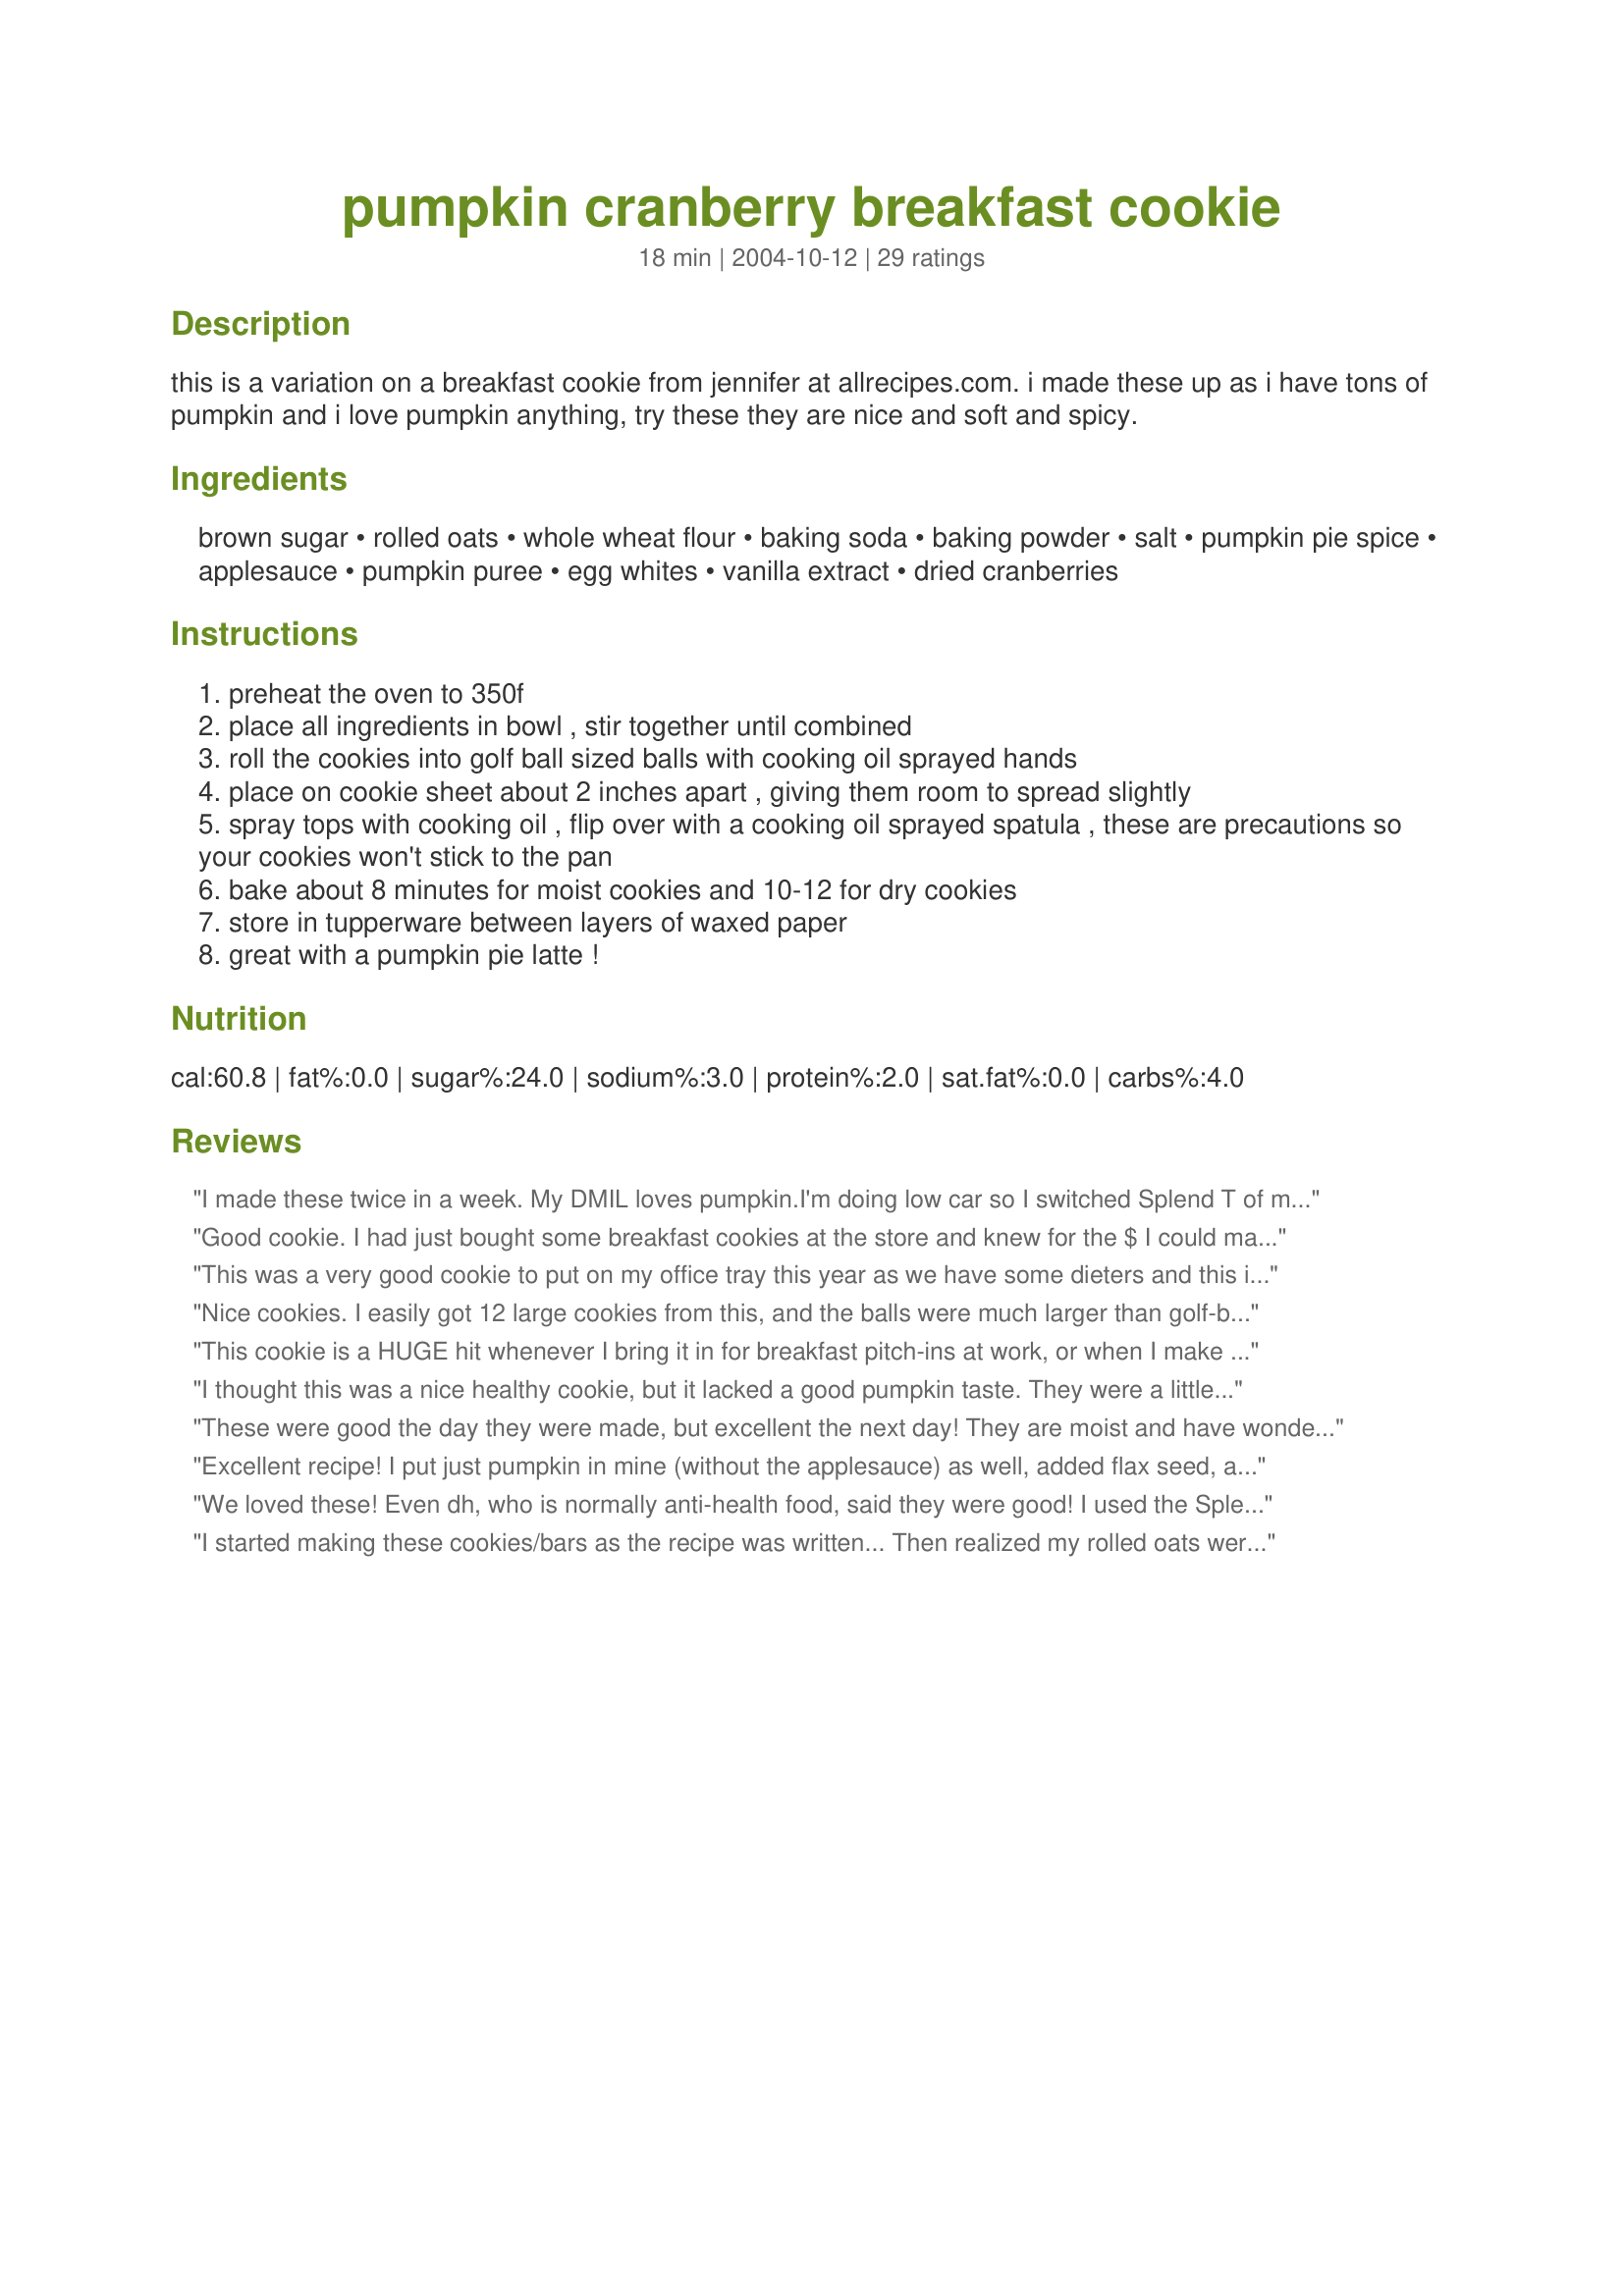
pumpkin cranberry breakfast cookie
Preparation time: 18 minutes

this is a variation on a breakfast cookie from jennifer at allrecipes.com. i made these up as i have tons of pumpkin and i love pumpkin anything, try these they are nice and soft and spicy.

Ingredients:
brown sugar, rolled oats, whole wheat flour, baking soda, baking powder, salt, pumpkin pie spice, applesauce, pumpkin puree, egg whites, vanilla extract, dried cranberries

Steps:
preheat the oven to 350f
place all ingredients in bowl , stir together until combined
roll the cookies into golf ball sized balls with cooking oil sprayed hands
place on cookie sheet about 2 inches apart , giving them room to spread slightly
spray tops with cooking oil , flip over with a cooking oil sprayed spatula , these are precautions so your cookies won't stick to the pan
bake about 8 minutes for moist cookies and 10-12 for dry cookies
store in tupperware between layers of waxed paper
great with a pumpkin pie latte !

Reviews:
I made these twice in a week. My DMIL loves pumpkin.I'm doing low car so I switched Splend T of molasses for the brown sugar. I soaked the dried cranberries in hot water. The freeze well. I enjoy 1 every morning for breakfast and DMIL eats 2 or 3 a day. She has no idea they are healthy. They are moist and delicious. I use only "pastry" whole wheat flour, so much better then the whole wheat flour in the grocery stores.
Good cookie. I had just bought some breakfast cookies at the store and knew for the $ I could make something better. I used 1 c pumpkin, no applesauce, and had to add about 1/4 c milk or it wouldn't all mix together. Thanks!
This was a very good cookie to put on my office tray this year as we have some dieters and this is very low fat. The only problem I had was that I followed the recipe exactly, only making one substitution of raisins for the cranberries, and I got way more than 10 cookies. It was more like 3 dozen. I was just testing the recipe to make sure I was going to like it before making a second batch to go on the cookie tray, good thing I loved it since it made so much more than I bargained for. BTW, I brought my tray in to work this morning and that was the 1st cookie to disappear from the tray! Good Job Shannon Payne!
Edit: Made this again today and ended up using some carrot and orange pulp that I had saved from using my power juicer, instead of the applesauce and pumpkin puree. I had to add some extra water to get it to mix but it was delicious this way too.
Nice cookies. I easily got 12 large cookies from this, and the balls were much larger than golf-ball size before I flattened. More like small tangerines/mandarins. But I divided the dough into 12 parts on purpose. As suggested by others, I ignored the applesauce and just used pumpkin, but ended up having to use an entire cup of pumpkin to get all the flour incorporated and get the dough to come together. I liked the texture and the flavor was nice. For some reason my daughter doesn't like these (no idea why), so I will probably not make them again, since I mostly made them for her. They are a nice substitute for something like a Clif bar, though. Now I have 10 of these cookies sitting here that hubby and I are gonna have to eat...
This cookie is a HUGE hit whenever I bring it in for breakfast pitch-ins at work, or when I make the sugar-altered version [listed below] for my parents. Our dogs even LOVE these cookies. No, we donâ€™t actually give them to the dogs, but our usually mild mannered dogs are known to stand on chairs to attempt [and sometimes succeed] stealing these cookies. Please see my recipe suggestions listed below. I will also occasionally add in chopped walnuts/pecans or white chocolate chips. The white chocolate chips in these cookies are HEAVEN. Suggested modifications: (1) As many others have saidâ€”use another 6 T of pumpkin puree instead of the applesauce. Yum. I also measure my pumpkin pie spice over the bowlâ€”in case a little extra spice falls in the bowl ;-) (2) To measure out the cookies I find it helpful to use a medium sized â€œtriggerâ€� ice cream scoop that is sprayed with aerosol cooking spray. (3) Lightly spray your cookie sheet, and then lightly spray your â€œmashingâ€� fork. When I lightly sprayed the tops of the cookies with sprayâ€”the fork still stuck & I just ended up with greasy top cookies. They look better if not sprayed. You will need to mash though! (4) For lower sugar cookiesâ€”I use the Splenda Brown Sugar baking blend. It cuts your added sugar almost in halfâ€”and tastes the exact same!
I thought this was a nice healthy cookie, but it lacked a good pumpkin taste. They were a little dry too. I think next time I'll add extra pumpkin and omit the applesauce. I also added a couple tablespoons of pecan chips.
These were good the day they were made, but excellent the next day! They are moist and have wonderful flavor. I followed the ingredient list exactly, except for adding extra pumpkin pie spice. I'm pretty sure I made them larger than golf balls and still ended up with 12 cookies. Because they were so large, I did add a couple of minutes to the baking time, even for moist cookies (if I remember correctly, I baked them at 325F convection about 10 minutes). I baked them on parchment paper, flattening them some with my hands, and just skipped the part about spraying them and flipping them over. They came off the parchment fine, and I placed them on a rack to cool. I love pumpkin, dried cranberries and oats, so these were right down my alley. We all loved them--thanks for posting the recipe!
Excellent recipe! I put just pumpkin in mine (without the applesauce) as well, added flax seed, and ended up adding 1/4 cup of milk to get the dough to stick together as my homemade pumpkin puree was very thick. Very easy and yummy! You've gotta love a "No Guilt", portable breakfast!
We loved these! Even dh, who is normally anti-health food, said they were good! I used the Splenda brown sugar, and I couldn't even tell a difference in taste. Thanks for the great recipe!
I started making these cookies/bars as the recipe was written... Then realized my rolled oats were literally for the birds (live in Cancun and we&#039;ve had 3 months of nonstop rain) So I had already mixed all wet ing. with soda, baking powder and salt and decided to continue with steel 1 cup cut oats 1/4 cup flax seed and the 2 cups whole wheat flour. I also used 1 cup of pumpkin omitting apple sauce but adding 1/4C molasses and 1/2 cup of sugar. They do mak large cookie bars so the second batch I halved the size.&lt;br/&gt;These are great for my daughter that trains at 5am for swim team 4 days a week. or any time of day for athletes that train 5 plus hours a day.
Yay! I'd been looking for a recipe to emulate Baker's Breakfast cookies at this fit the bill! They were moist and filling and my 3 year old loved them! What a healthy snack. I subbed pumpkin for the applesauce too b/c I didn't have any and it worked well. I also added a 1/2 cup of ground flax seed for fiber and extra nutrition! Fabulous! Will make again soon!
I made this twice so far. Loving it, I used all pumpkin this last time as I was making puree at the time. I made them smaller, using a 2 tbsp portion scoop. I am thinking I am going to make these at work too.
These had a great flavor, especially because i eliminated the applesauce and just put in pumpkin! the cranberries really complimented the pumpkin. It just these were quite cakey... I would proably tweak the recipe next time to hopefully get more desired results.
This was wonderful! I had extra ingredients after baking pumpkin cranberry bread and decided to make these. I used lots of fresh cranberries....YUM!!!
Very good. They took a little longer to cook, but I know that is just a varation between different ovens. I also squashed them a little with my fingers to flatten a little before baking. I added about 2 Tbs finely chopped pecans. I also did use the applesauce, but will try the only pumpkin suggestion next time. Thank you!
Lovely! I love that they are low fat and whole grain yet still taste great. I made a couple of subs- I didn't have cranberries so I used a combo of dried apples and raisons. I also made this vegan by using egg replacer. This has great fall flavors. Thanks for posting, I would make this again!
These were really tasty. I got more than 10 cookies, but did use a smaller scoop. I was low on craisins, so substituted golden raisins for half. I also didn't use pumkin pie spice, but rather cinnamon, ginger, cloves and a pinch of nutmeg.
I made this recipe twice. I liked it best without applesauce, substituting more pumpkin instead.
We made these today and they are so delicious. I tweaked the recipe a bit. I was out of pumpkin puree, so used applesauce. Added cinnamon, cloves and allspice. Also added about 1/4 cup chopped walnuts. My small ice cream scoop worked great for putting on cookie sheet. We baked them for 12 minutes and they were so nice and moist. I make muffins a lot, but intend to try using this recipe and substituting to make the same flavors I do in muffins. Hubby likes cookies much better than muffins. My favorite thing of all...I just put all ingrediends in my mixer and did it on the lowest setting till all was mixed
Another person here who lamented when BBC reformulated their cookies and the calories went up. This was a great rendition of one of my favorites and made a perfect pre-workout snack. I used Splenda brown sugar blend and doubled the amount of pumpkin spice. The cookies were soft and tender - andquite large for the calories. Planning tomake them again soon in smaller sizes to have with yogurt in the morning. Thanks!
I just made these for my kids for breakfast. They seem to like them, thats why I'm giving them 5 stars. I don't care for them though, it's a good thing they are for them. They are very easy to make and I didn't change a thing. Thanks for an easy breakfast alternative for my little ones.
These turned out great! I used half splenda and half brown sugar, substituted 2 T of canola oil for 2 T of the applesauce (to improve texture), added a 1/4 cup of chopped walnuts and scooped by tablespoonfuls. Made 32 cookies - 65 calories each by my calculation.
These are great! I get so tired of cereal and yogurt that I don&#039;t eat breakfast half the time even though I am starving. I doubled this recipe because it sounded good and I figured I could always feed them to the birds if they weren&#039;t. I just made a few small changes (who doesn&#039;t?) Instead of regular brown sugar I used Splenda brown sugar blend, which only requires 1/2 the amt of brown sugar, so I only needed a cup. I put in more than double the amount of craisins because I had an extra handful or two left in the bag. I also added a couple of handfuls of sliced almonds. I used a 15 oz can of pumpkin and it was too dry because of all my additions so I added 1 of the individual unsweetened applesauce cups. These are delicious! I&#039;m going to pack them up 2 per bag and throw them in the freezer for an easy breakfast on the go. I baked them on silpat sheets so I didn&#039;t have to worry about greasing the pan or oiling the cookies.
Wow.... I really liked these cookies... they had a healthy taste to them.... and since there is no fat... they make a great breakfast on-the-go kind of meal. i followed the recipe exactly. Be sure to flatten because they really don't spread out or change the shape... so just make sure you don't make golf balls... hahaha! great cookie... thanks for sharing!
My husband and I thought these were a great snack and breakfast option. I will definitely make them again. I think next time I will use half white flour and all pumpkin (without the applesauce). <br/>My kids were expecting a real cookie flavor and were disappointed, but when I put then in their lunches they disappeared. Thanks for the great recipe.
Yummy cookies For Breakfast Only! Like so many reviewers, I added only the pumpkin. They aren't too sweet, which is nice with coffee. I did, though, double the recipe and then added chocolate chips to one-half, thinking my teenage boys would eat them with the added chocolate. I was right! The chocolate adds a much needed punch. Thanks for the start!
FABULOUS!! Just the thing for breakfast or an afternoon snack. Thank you!!
These are good. I doubled the recipe and got 60 cookies. I use a 1" cookie scooper and just dropped them onto an ungreased cookie sheet. I didn't flatten them or spray them. They are not flat like the ones in the pictures, but they taste great. Also, I made it vegan by using egg substitute instead of eggs, which worked fine. I used a total of 2 cups of homemade pumpkin puree (remember, I doubled the recipe), because 1.5 cups (as recommended) produced a dough that was dry and crumbly. I also added flax seeds, but only .5 cup total. Overall, a great recipe, thanks Shannon!
I'm pleasantly surprised at how easy and tasty these are. <br/><br/>Pros:<br/>~easy and fast to make<br/>~Would make a decent cookie-in-a-jar gift<br/>~On hand ingredients<br/>~Healthy<br/>~Easy to adapt to new/other ingredients<br/>~Gets kids to eat pumpkin!<br/><br/>Cons:<br/>~I had to bake for a couple extra minutes<br/>~dough was very dry, I added an extra 1/4 cup pumpkin<br/><br/>What I changed:<br/>I know, I know, you're supposed to make recipe as written the first time, but why make my own mistakes when I can learn from previously written reviews? :-)<br/>~I replaced 2 T flax seed for 2 T flour, for extra fiber<br/>~Instead of pumpkin pie spice I did 1 part cloves, 2 parts ginger, and 4 parts cinnamon to equal about a heaping teaspoon. Next time, however, I plan to do 1/4 teaspoon cloves, 1/2 teaspoon ginger, and 1 teaspoon cinnamon to make it extra spicy. <br/>~I used 1 cup pumpkin puree instead of the 6 tablespoons applesause and 6 tablespoons pumpkin. Applesause is more wet, which is why I need to add extra moisture.<br/>~I used one whole egg instead of two egg whites.<br/><br/>Weight Watchers:<br/>The whole recipe contained 2354.5 calories, 20.5 grams of fat, and 56.5 grams of fiber with my additions and substitutions.<br/>Per cookie (recipe made 24): 98 calories, .85 grams of fat, and 2.4 grams of fiber, which equals 2 WW POINTS for 1 cookies, 3.5 WW POINTS for 2, and 5.5 WW POINTS for 3. <br/><br/>Thank you for this recipe! Very yummy. I've eaten three and they haven't even been out of the oven for 30 minutes!
